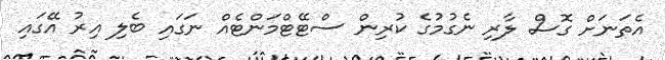
އެތަނަށް ގޮސް ލާރި ނެގުމުގެ ކުރިން ސްޓޭޓްމަންޓެއް ނަގައި ބެލި އިރު އޭގައި